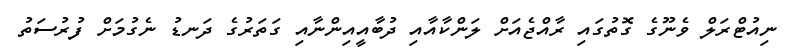
ނިއުޓްރަލް ވެނޫގެ ގޮތުގައި ރާއްޖެއަށް ލަންކާއާއި ދުބާއީއިންނާއި ގަތަރުގެ ދަނޑު ނެގުމަށް ފުރުސަތު